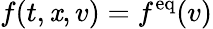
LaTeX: f(t,\mathit{x},v)=f^{\mathrm{{eq}}}(v)